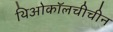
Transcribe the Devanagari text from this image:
थिओकॉलचीचीन